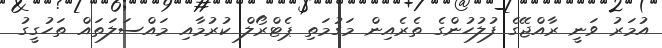
އުމަރު ވަނީ ރާއްޖޭގެ ފުލުހުންގެ ތެރެއިން މަގުމަތި ޕެޓްރޯލް ކުރުމާއި މައްސަލަތައް ތަހުގީގު